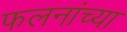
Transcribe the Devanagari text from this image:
फलनांच्या